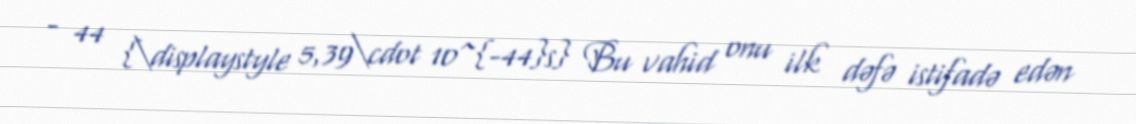
− 44 {\displaystyle 5,39\cdot 10^{-44}s} Bu vahid onu ilk dəfə istifadə edən